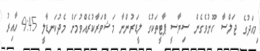
މިއަދުގެ ޖަލްސާ ހޫނުވެގެން ސިޔާސީ ޕާޓީތަކުގެ ލީޑަރުންނާ މަޝްވަރާކުރެއްވުމަށް މެދުކަނޑާލީ 9:45 ހާއިރު